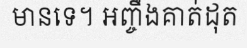
មានទេ។ អញ្ចឹងគាត់ដុត